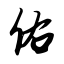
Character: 佑